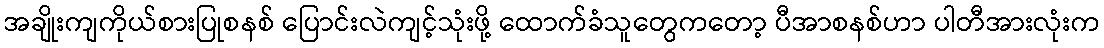
အချိုးကျကိုယ်စားပြုစနစ် ပြောင်းလဲကျင့်သုံးဖို့ ထောက်ခံသူတွေကတော့ ပီအာစနစ်ဟာ ပါတီအားလုံးက